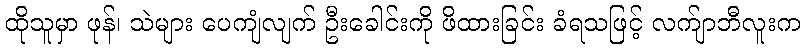
ထိုသူမှာ ဖုန်၊ သဲများ ပေကျံလျက် ဦးခေါင်းကို ဖိထားခြင်း ခံရသဖြင့် လက်ျာဘီလူးက